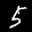
Label: 5